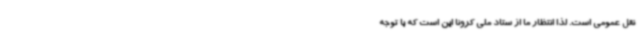
نقل عمومی است. لذا انتظار ما از ستاد ملی کرونا این است که با توجه